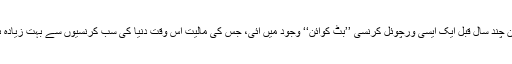
لیکن چند سال قبل ایک ایسی ورچوئل کرنسی ’’بِٹ کوائن‘‘ وجود میں آئی، جس کی مالیت اس وقت دنیا کی سب کرنسیوں سے بہت زیادہ ہے۔